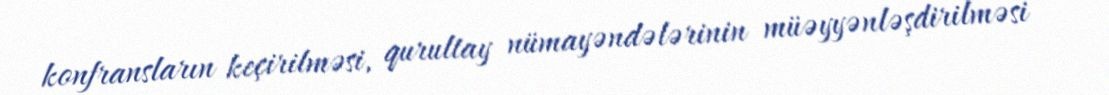
konfransların keçirilməsi, qurultay nümayəndələrinin müəyyənləşdirilməsi